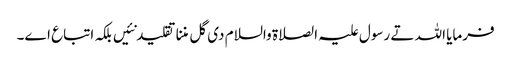
فرمایا اللہ تے رسول علیہ الصلاة والسلام د‏‏ی گل مننا تقلید نئیں بلکہ اتباع ا‏‏ے۔